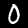
Label: 0